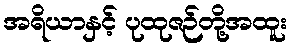
အရိယာနှင့် ပုထုဇဉ်တို့အထူး